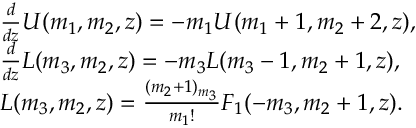
\begin{array} { r l } & { \frac { d } { d z } U ( m _ { 1 } , m _ { 2 } , z ) = - m _ { 1 } U ( m _ { 1 } + 1 , m _ { 2 } + 2 , z ) , } \\ & { \frac { d } { d z } L ( m _ { 3 } , m _ { 2 } , z ) = - m _ { 3 } L ( m _ { 3 } - 1 , m _ { 2 } + 1 , z ) , } \\ & { L ( m _ { 3 } , m _ { 2 } , z ) = \frac { ( m _ { 2 } + 1 ) _ { m _ { 3 } } } { m _ { 1 } ! } F _ { 1 } ( - m _ { 3 } , m _ { 2 } + 1 , z ) . } \end{array}